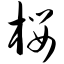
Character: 樱